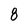
Character: 8